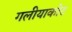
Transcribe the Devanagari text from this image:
गलीयाकोट